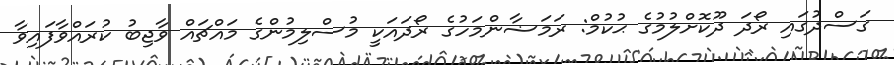
ގަސްދުގައި ރޯދަ ދޫކޮށްލުމުގެ ޙުކުމް: ރަމަޟާންމަހުގެ ރޯދައަކީ މުސްލިމުންގެ މައްޗައް ވާޖިބު ކުރައްވާފައިވާ